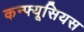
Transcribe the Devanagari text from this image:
कन्फ्यूसियस